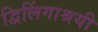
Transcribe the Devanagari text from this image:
द्विलिंगाश्रयी